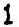
1